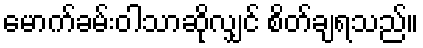
မောက်ခမ်းဝါသာဆိုလျှင် စိတ်ချရသည်။